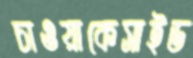
চাওয়াকেসাইড